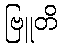
ဗြူတိ